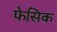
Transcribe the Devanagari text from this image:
फेसिक